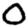
Digit: 0